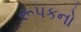
રૂપકનો